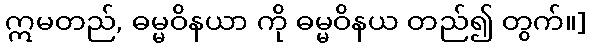
ဣမတည်, ဓမ္မဝိနယာ ကို ဓမ္မဝိနယ တည်၍ တွက်။]